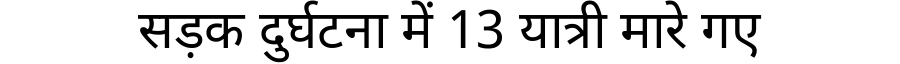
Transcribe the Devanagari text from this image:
सड़क दुर्घटना में 13 यात्री मारे गए